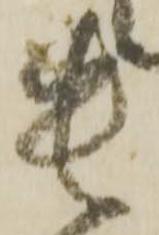
貴